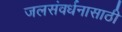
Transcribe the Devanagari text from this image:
जलसंवर्धनासाठी